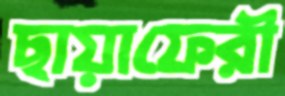
ছায়াফেরী